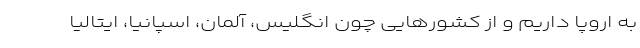
به اروپا داریم و از کشورهایی چون انگلیس، آلمان، اسپانیا، ایتالیا